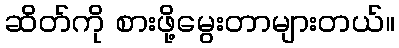
ဆိတ်ကို စားဖို့မွေးတာများတယ်။